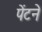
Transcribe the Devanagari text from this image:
पेंटने